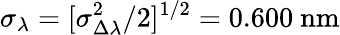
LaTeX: \sigma_{\lambda}=[\sigma_{\Delta\lambda}^{2}/2]^{1/2}=0.600\ \mathrm{nm}